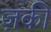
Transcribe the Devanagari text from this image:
ज़की